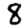
Digit: 8